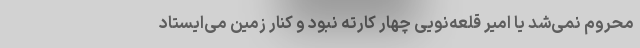
محروم نمی‌شد یا امیر قلعه‌نویی چهار کارته نبود و کنار زمین می‌ایستاد